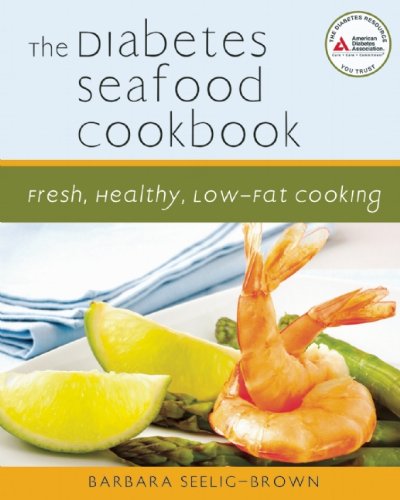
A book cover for The Diabetes Seafood Cookbook: Fresh, Healthy, Low-Fat Cooking; Barbara Seelig-Brown; Health, Fitness & Dieting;